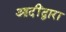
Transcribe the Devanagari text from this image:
आदींद्वारा